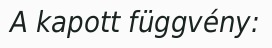
A kapott függvény: